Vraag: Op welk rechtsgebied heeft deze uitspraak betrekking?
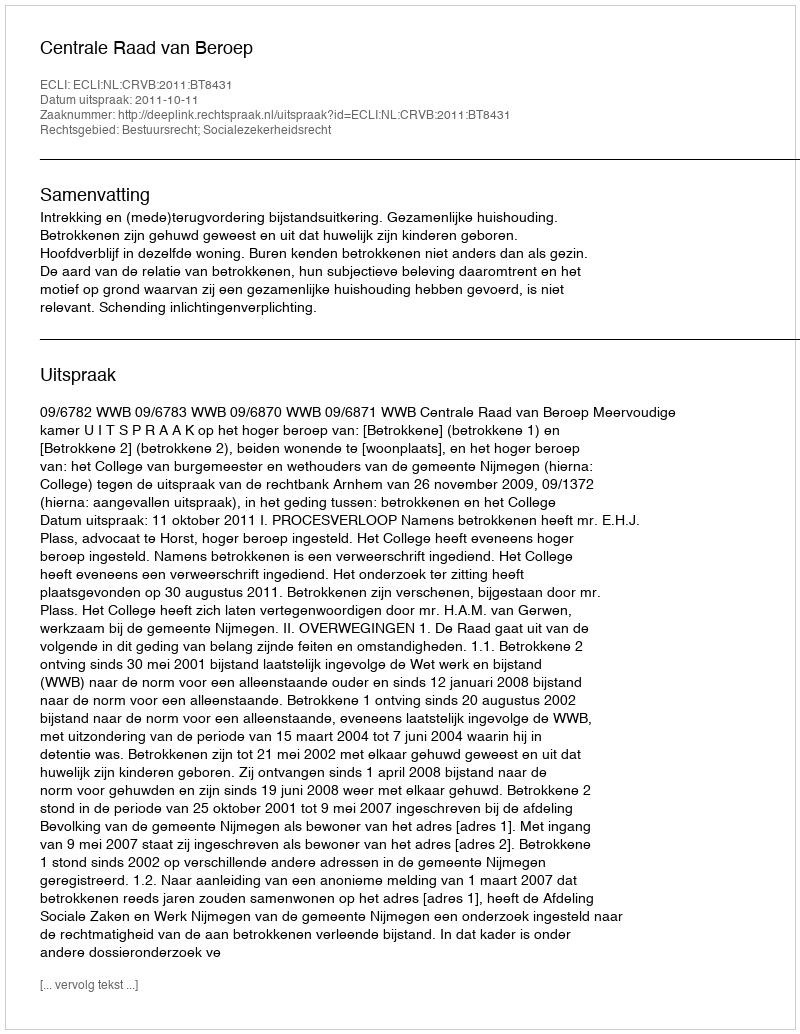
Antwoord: Bestuursrecht; Socialezekerheidsrecht